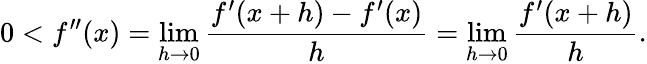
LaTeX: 0<f^{\prime\prime}(x)=\operatorname*{lim}_{h\to 0}{\frac{f^{\prime}(x+h)-f^{\prime}(x)}{h}}=\operatorname*{lim}_{h\to 0}{\frac{f^{\prime}(x+h)}{h}}.